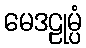
မေဒဠုမ္ပံ